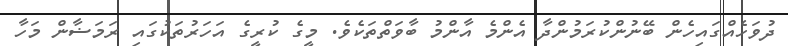
ދުވަހެއްގައިހެން ބޭނުންކުރަމުންދާ އެންމެ އާންމު ބާވަތްތަކެވެ. މީގެ ކުރީގެ އަހަރުތަކުގައި ރަމަޟާން މަހާ